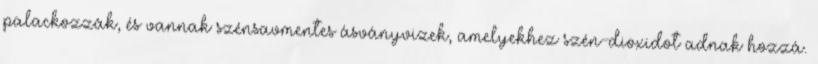
palackozzák, és vannak szénsavmentes ásványvizek, amelyekhez szén-dioxidot adnak hozzá.